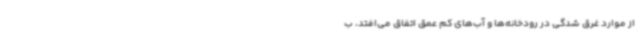
از موارد غرق‌ شدگی در رودخانه‌ها و آب‌های کم عمق اتفاق می‌افتد، ب